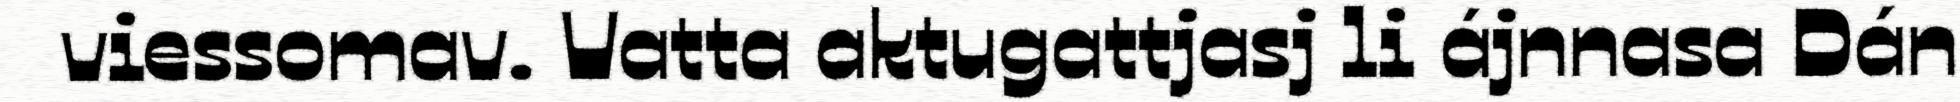
viessomav. Vatta aktugattjasj li ájnnasa Dán